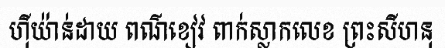
ហ៊ីយ៉ាន់ដាយ ពណ៌ខៀវ ពាក់ស្លាកលេខ ព្រះសីហនុ